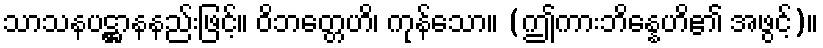
သာသနပဋ္ဌာနနည်းဖြင့်။ ဝိဘတ္တေဟိ၊ ကုန်သော။ (ဤကားဘိန္နေဟိ၏ အဖွင့်)။